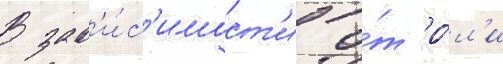
В зав'и́с'имост'и о́т ро́л'и